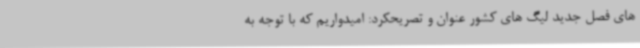
های فصل جدید لیگ های کشور عنوان و تصریحکرد: امیدواریم که با توجه به